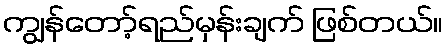
ကျွန်တော့်ရည်မှန်းချက် ဖြစ်တယ်။